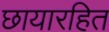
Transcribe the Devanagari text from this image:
छायारहित